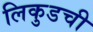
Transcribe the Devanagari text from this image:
लिकुडची